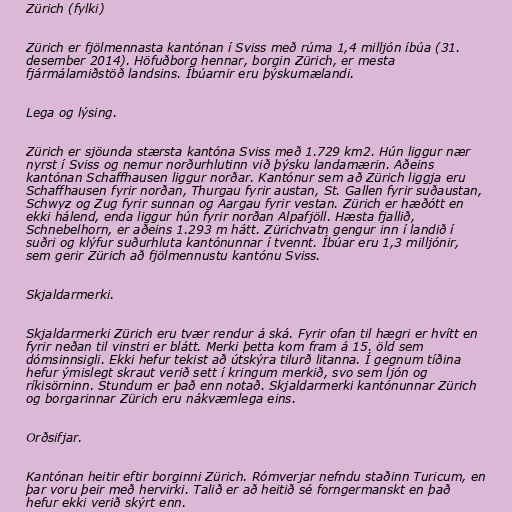
Zürich (fylki)

Zürich er fjölmennasta kantónan í Sviss með rúma 1,4 milljón íbúa (31.
desember 2014). Höfuðborg hennar, borgin Zürich, er mesta
fjármálamiðstöð landsins. Íbúarnir eru þýskumælandi.

Lega og lýsing.

Zürich er sjöunda stærsta kantóna Sviss með 1.729 km2. Hún liggur nær
nyrst í Sviss og nemur norðurhlutinn við þýsku landamærin. Aðeins
kantónan Schaffhausen liggur norðar. Kantónur sem að Zürich liggja eru
Schaffhausen fyrir norðan, Thurgau fyrir austan, St. Gallen fyrir suðaustan,
Schwyz og Zug fyrir sunnan og Aargau fyrir vestan. Zürich er hæðótt en
ekki hálend, enda liggur hún fyrir norðan Alpafjöll. Hæsta fjallið,
Schnebelhorn, er aðeins 1.293 m hátt. Zürichvatn gengur inn í landið í
suðri og klýfur suðurhluta kantónunnar í tvennt. Íbúar eru 1,3 milljónir,
sem gerir Zürich að fjölmennustu kantónu Sviss.

Skjaldarmerki.

Skjaldarmerki Zürich eru tvær rendur á ská. Fyrir ofan til hægri er hvítt en
fyrir neðan til vinstri er blátt. Merki þetta kom fram á 15. öld sem
dómsinnsigli. Ekki hefur tekist að útskýra tilurð litanna. Í gegnum tíðina
hefur ýmislegt skraut verið sett í kringum merkið, svo sem ljón og
ríkisörninn. Stundum er það enn notað. Skjaldarmerki kantónunnar Zürich
og borgarinnar Zürich eru nákvæmlega eins.

Orðsifjar.

Kantónan heitir eftir borginni Zürich. Rómverjar nefndu staðinn Turicum, en
þar voru þeir með hervirki. Talið er að heitið sé forngermanskt en það
hefur ekki verið skýrt enn.